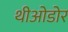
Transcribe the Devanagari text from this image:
थीओडोर